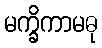
မက္ခိကာမဓု